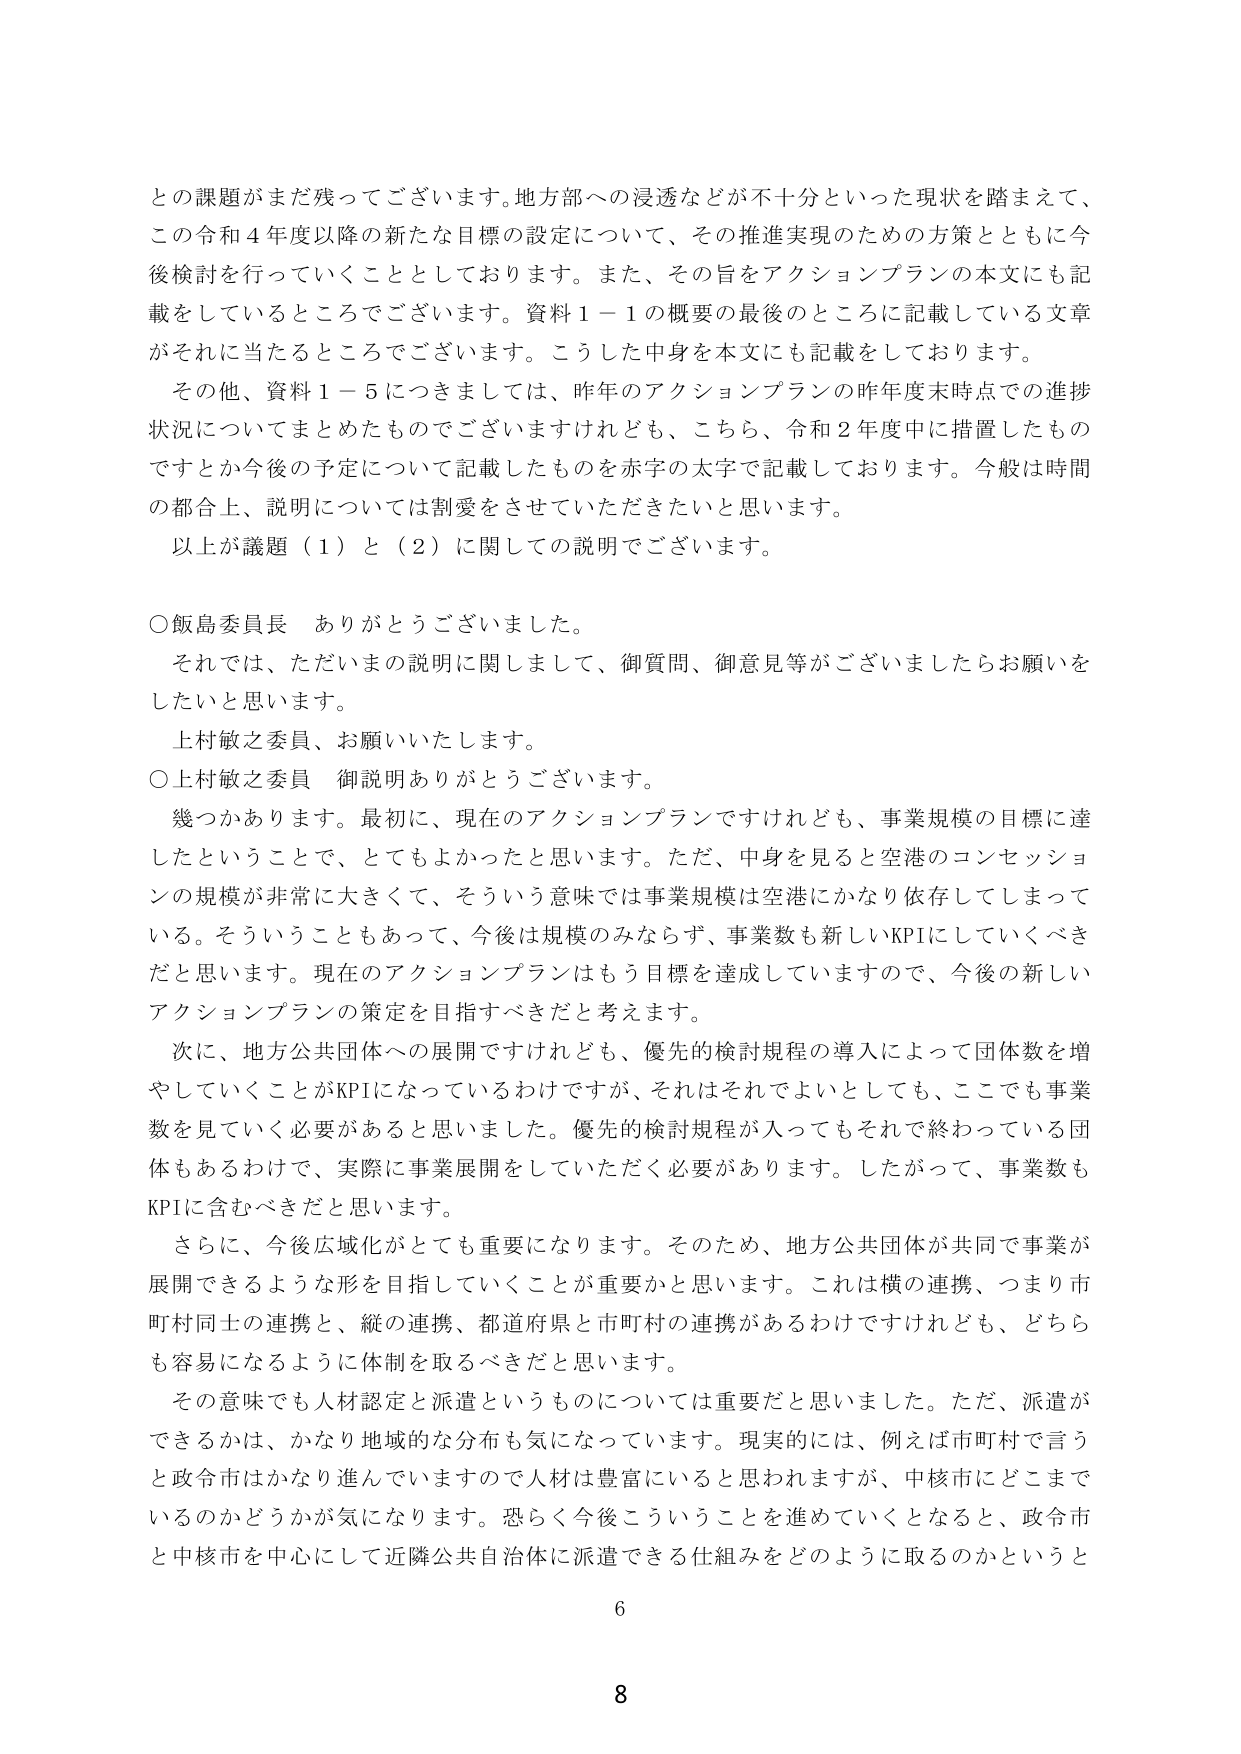
との課題がまだ残ってございます。地方部への浸透などが不十分といった現状を踏まえて、
この令和４年度以降の新たな目標の設定について、その推進実現のための方策とともに今
後検討を行っていくこととしております。また、その旨をアクションプランの本文にも記
載をしているところでございます。資料１－１の概要の最後のところに記載している文章
がそれに当たるところでございます。こうした中身を本文にも記載をしております。

その他、資料１－５につきましては、昨年のアクションプランの昨年度末時点での進捗
状況についてまとめたものでございますけれども、こちら、令和２年度中に措置したもの
ですとか今後の予定について記載したものを赤字の太字で記載しております。今般は時間
の都合上、説明については割愛をさせていただきたいと思います。

以上が議題（１）と（２）に関しての説明でございます。

○飯島委員長　ありがとうございました。
　それでは、ただいまの説明に関しまして、御質問、御意見等がございましたらお願いを
したいと思います。
　上村敏之委員、お願いいたします。

○上村敏之委員　御説明ありがとうございました。
　幾つかあります。最初に、現在のアクションプランですけれども、事業規模の目標に達
したということで、とてもよかったと思います。ただ、中身を見ると空港のコンセッションの規模が非常に大きくて、そういう意味では事業規模は空港にかなり依存してしまって
いる。そういうこともあって、今後は規模のみならず、事業数も新しいKPIにしていくべき
だと思います。現在のアクションプランはもう目標を達成していますので、今後の新しい
アクションプランの策定を目指すべきだと考えます。

　次に、地方公共団体への展開ですけれども、優先的検討規程の導入によって団体数を増
やしていくことがKPIになっているわけですが、それはそれでよいとしても、ここでも事業
数を見ていく必要があると思いました。優先的検討規程が入ってもそれで終わっている団
体もあるわけで、実際に事業展開をしていただく必要があります。したがって、事業数も
KPIに含むべきだと思います。

　さらに、今後広域化がとても重要になります。そのため、地方公共団体が共同で事業が
展開できるような形を目指していくことが重要かと思います。これは横の連携、つまり市
町村同士の連携と、縦の連携、都道府県と市町村の連携があるわけですが、どちら
も容易になるように体制を取るべきだと思います。

　その意味でも人材認定と派遣というものについては重要だと思いました。ただ、派遣が
できるかは、かなり地域的な分布も気になっています。現実的には、例えば市町村で言う
と政令市はかなり進んでいますので人材は豊富にいると思われますが、中核市にどこまで
いるのかどうかが気になります。恐らく今後こういうことを進めていくとなると、政令市
と中核市を中心にして近隣公共自治体に派遣できる仕組みをどのように取るのかというと

6
8